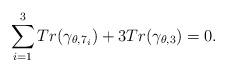
LaTeX: \begin{align*}\sum_{i=1}^{3}Tr(\gamma_{\theta,7_{i}})+3Tr(\gamma_{\theta,3})=0.\end{align*}